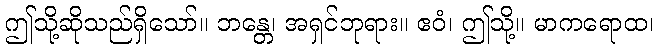
ဤသို့ဆိုသည်ရှိသော်။ ဘန္တေ၊ အရှင်ဘုရား။ ဧဝံ၊ ဤသို့။ မာကရောထ၊